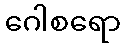
ဂေါစရော